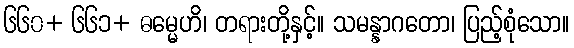
၆၆၀+ ၆၆၁+ ဓမ္မေဟိ၊ တရားတို့နှင့်။ သမန္နာဂတော၊ ပြည့်စုံသော။